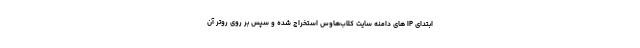
ابتدای IP های دامنه سایت کلاب‌هاوس استخراج شده و سپس بر روی روتر آن